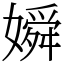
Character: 𡡞